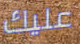
عليك